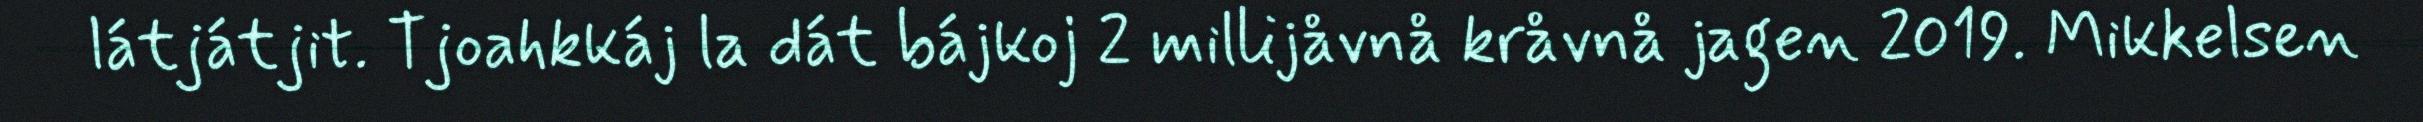
látjátjit. Tjoahkkáj la dát bájkoj 2 millijåvnå kråvnå jagen 2019. Mikkelsen